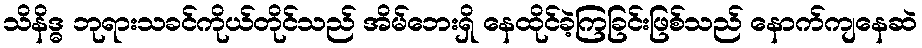
သိနိဒ္ဓ ဘုရားသခင်ကိုယ်တိုင်သည် အိမ်ဘေးရှိ နေထိုင်ခဲ့ကြခြင်းဖြစ်သည် နောက်ကျနေဆဲ